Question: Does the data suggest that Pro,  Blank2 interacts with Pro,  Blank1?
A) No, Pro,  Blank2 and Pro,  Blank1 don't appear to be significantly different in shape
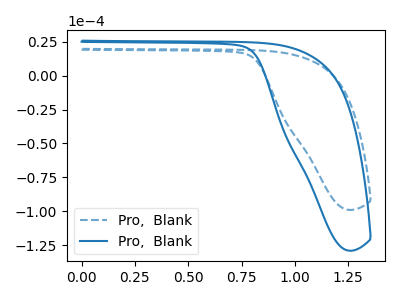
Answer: <think>The blue dashed curve "Pro,  Blank1" has no peaks. The blue curve "Pro,  Blank2" has no peaks.
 Neither "Pro,  Blank2" or "Pro,  Blank1" have any peaks.</think>
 <answer>A) No, "Pro,  Blank2" and "Pro,  Blank1" don't appear to be significantly different in shape</answer>
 <eval>A</eval>